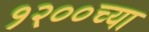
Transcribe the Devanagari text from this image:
१२००च्या